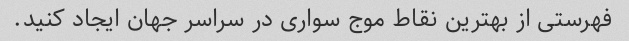
فهرستی از بهترین نقاط موج سواری در سراسر جهان ایجاد کنید.